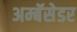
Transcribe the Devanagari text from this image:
अम्बॅसेडर